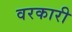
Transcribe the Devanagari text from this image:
वरकारी